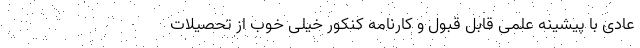
عادی با پیشینه علمی قابل قبول و کارنامه کنکور خیلی خوب از تحصیلات